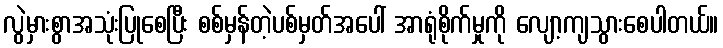
လွဲမှားစွာအသုံးပြုစေပြီး စစ်မှန်တဲ့ပစ်မှတ်အပေါ် အာရုံစိုက်မှုကို လျော့ကျသွားစေပါတယ်။